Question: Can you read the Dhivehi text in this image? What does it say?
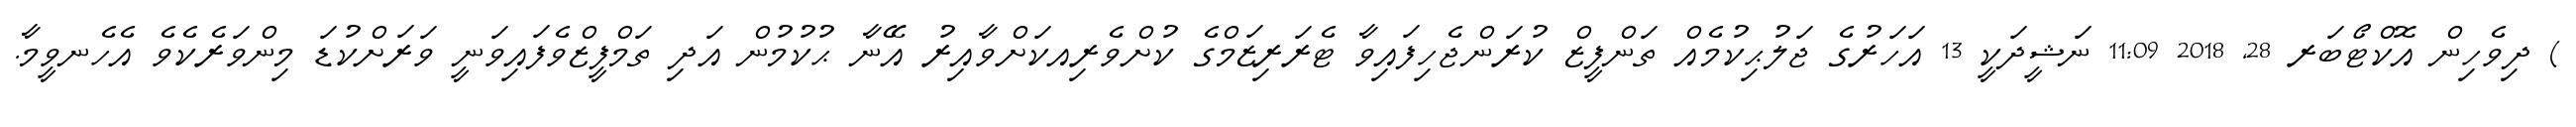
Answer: ) ދިވެހިން އޮކްޓޯބަރ 28, 2018 11:09 ނަޝީދަކީ 13 އަހަރުގެ ޖަލުޙިކުމެއް ތަންފީޒް ކުރަންޖެހިފައިވާ ޓެރަރިޒަމްގެ ކުށްވެރިއކަށްވާއިރު އޭނާ ޙުކުމުން އަދި ތަމްފީޒްވެފައިވަނީ ވަރަށްކުޑަ މިންވަރެކެވެ އެހެނވީމާ.